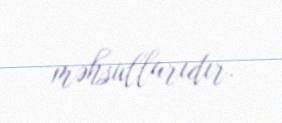
məhsullarıdır.